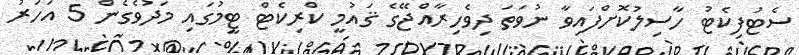
ސެޓުފިކެޓު ހާސިލުކޮށްފައިވާ ނުވަތަ ދިވެހިރާއްޖޭގެ ޤައުމީ ކްރިކެޓް ޓީމުގައި މަދުވެގެން 5 އަހަރު